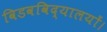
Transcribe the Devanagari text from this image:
विडवविद्यालयों।